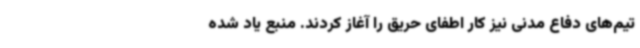
تیم‌های دفاع مدنی نیز کار اطفای حریق را آغاز کردند. منبع یاد شده